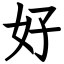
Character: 好